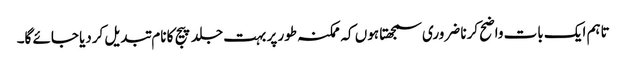
تاہم ایک بات واضح کرنا ضروری سمجھتا ہوں کہ ممکنہ طور پر بہت جلد پیج کا نام تبدیل کردیا جائے گا۔